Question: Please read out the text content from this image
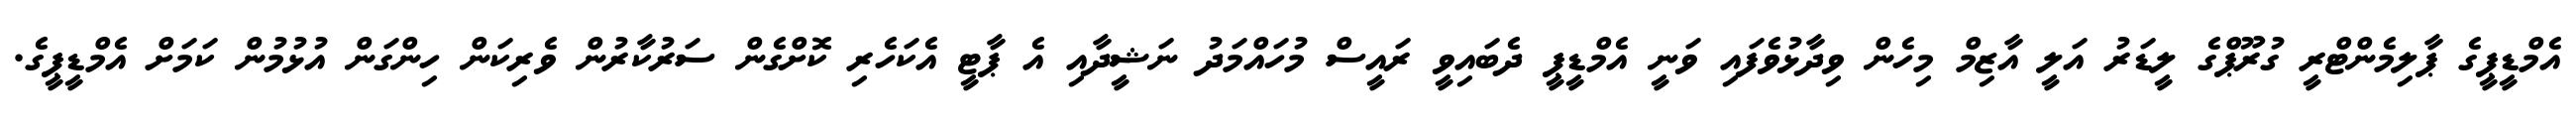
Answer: އެމްޑީޕީގެ ޕާލިމެންޓްރީ ގުރޫޕްގެ ލީޑަރު އަލީ އާޒިމް މިހެން ވިދާޅުވެފައި ވަނީ އެމްޑީޕީ ދެބައިވީ ރައީސް މުހައްމަދު ނަޝީދާއި އެ ޕާޓީ އެކަހެރި ކޮށްގެން ސަރުކާރުން ވެރިކަން ހިންގަން އުޅުމުން ކަމަށް އެމްޑީޕީގެ.